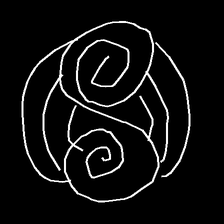
Glyph: wind-underfoot